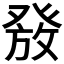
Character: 𰤑